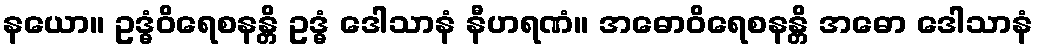
နယော။ ဥဒ္ဓံဝိရေစနန္တိ ဥဒ္ဓံ ဒေါသာနံ နီဟရဏံ။ အဓောဝိရေစနန္တိ အဓော ဒေါသာနံ